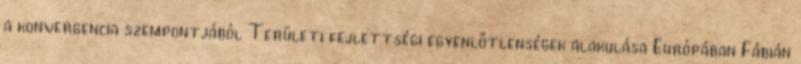
a konvergencia szempontjából Területi fejlettségi egyenlőtlenségek alakulása Európában Fábián